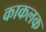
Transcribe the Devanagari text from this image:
काकलक